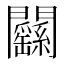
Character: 𨷱